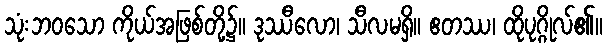
သုံးဘဝသော ကိုယ်အဖြစ်တို့၌။ ဒုဿီလော၊ သီလမရှိ။ ဧတဿ၊ ထိုပုဂ္ဂိုလ်၏။